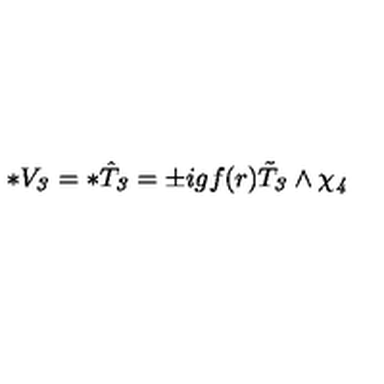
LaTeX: * V _ { \it 3 } = * \hat { T } _ { \it 3 } = \pm i g f ( r ) \tilde { T } _ { \it 3 } \wedge \chi _ { \it 4 } \